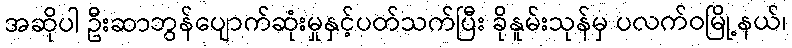
အဆိုပါ ဦးဆာဘွန်ပျောက်ဆုံးမှုနှင့်ပတ်သက်ပြီး ခိုနူမ်းသုန်မှ ပလက်ဝမြို့နယ်၊